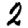
Digit: 2